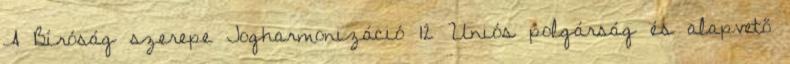
A Bíróság szerepe Jogharmonizáció 12 Uniós polgárság és alapvető